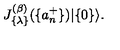
J _ { \{ \lambda \} } ^ { ( \beta ) } ( \{ a _ { n } ^ { + } \} ) | \{ 0 \} \rangle .